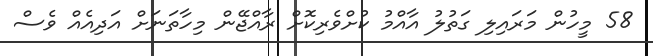
58 މީހުން މަރައިލި ގަތުލު އާއްމު ކުށްވެރިކޮށް ރާއްޖޭން މިހާތަނަށް އަދިއެއް ވެސް